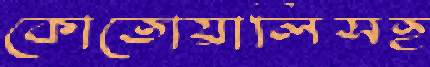
কোতোয়ালিসহ